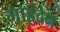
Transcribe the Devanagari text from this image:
गाईदेन